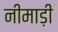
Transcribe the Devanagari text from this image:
नीमाड़ी